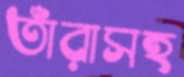
তাঁরাসহ